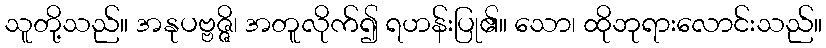
သူတို့သည်။ အနုပဗ္ဗဇ္ဇိ၊ အတူလိုက်၍ ရဟန်းပြု၏။ သော၊ ထိုဘုရားလောင်းသည်။